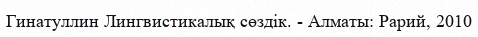
Гинатуллин Лингвистикалық сөздік. - Алматы: Рарий, 2010